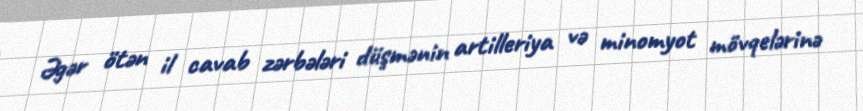
Əgər ötən il cavab zərbələri düşmənin artilleriya və minomyot mövqelərinə